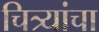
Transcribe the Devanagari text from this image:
चित्र्यांचा